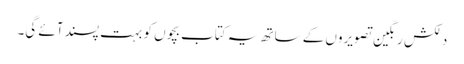
دلکش رنگین تصویروں کے ساتھ یہ کتاب بچوں کو بہت پسند آئے گی۔